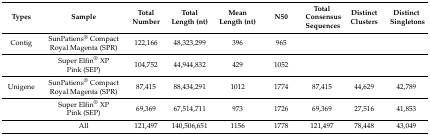
| Types | Sample | Total Number | Total Length (nt) | Mean Length (nt) | N50 | Total Consensus Sequences | Distinct Clusters | Distinct Singletons |
 | --- | --- | --- | --- | --- | --- | --- | --- | --- |
 | Contig | SunPatiens® Compact Royal Magenta (SPR) | 122,166 | 48,323,299 | 396 | 965 |  |  |  |
 |  | Super Elfin® XP Pink (SEP) | 104,752 | 44,944,832 | 429 | 1052 |  |  |  |
 | Unigene | SunPatiens® Compact Royal Magenta (SPR) | 87,415 | 88,434,291 | 1012 | 1774 | 87,415 | 44,629 | 42,789 |
 |  | Super Elfin® XP Pink (SEP) | 69,369 | 67,514,711 | 973 | 1726 | 69,369 | 27,516 | 41,853 |
 |  | All | 121,497 | 140,506,651 | 1156 | 1778 | 121,497 | 78,448 | 43,049 |